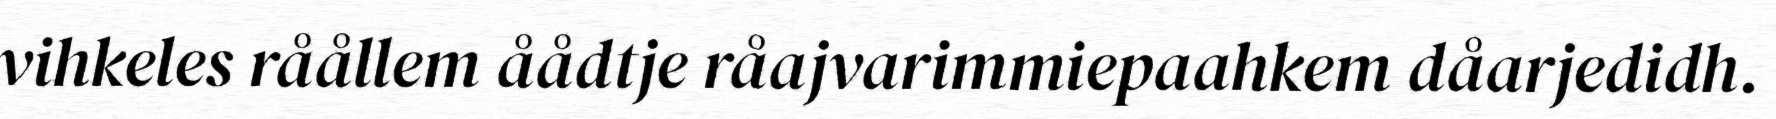
vihkeles råållem åådtje råajvarimmiepaahkem dåarjedidh.